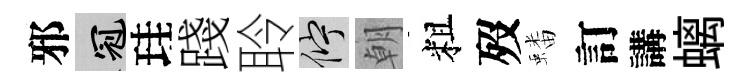
邪冠珪踐聆伫朝粗歿蟠訂講螭